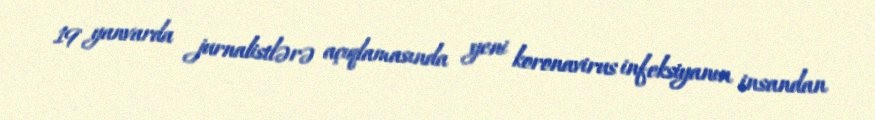
19 yanvarda jurnalistlərə açıqlamasında yeni koronavirus infeksiyanın insandan